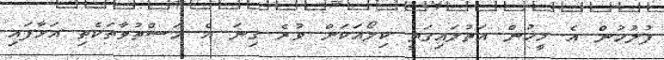
ފުލުހުން އެ މީހުން އަތުލައިގަތީ ކިލޯއަކަށް ވުރެ ގިނަ އެ މަސްތުވާތަކެތި އަޅާފައި